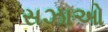
સઝાઓ